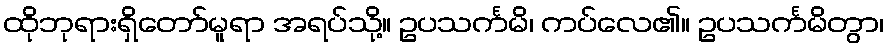
ထိုဘုရားရှိတော်မူရာ အရပ်သို့။ ဥပသင်္ကမိ၊ ကပ်လေ၏။ ဥပသင်္ကမိတွာ၊